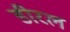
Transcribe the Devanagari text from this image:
डीरल